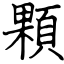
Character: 顆